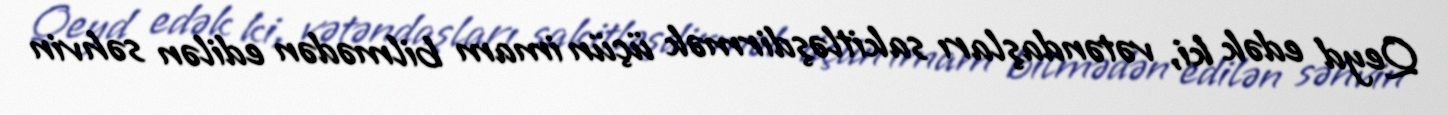
Qeyd edək ki, vətəndaşları sakitləşdirmək üçün imam bilmədən edilən səhvin